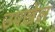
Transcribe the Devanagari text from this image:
उपखेल